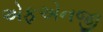
એફએનજી